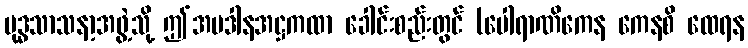
ဗုဒ္ဓသာသနာ့အဖွဲ့သို့ ဤအပဒါနအဋ္ဌကထာ ခေါင်းစည်းတွင် (ပေါရာဏိကေန ကေနစိ ထေရန